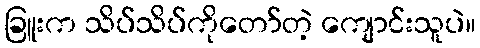
ခြူးက သိပ်သိပ်ကိုတော်တဲ့ ကျောင်းသူပဲ။